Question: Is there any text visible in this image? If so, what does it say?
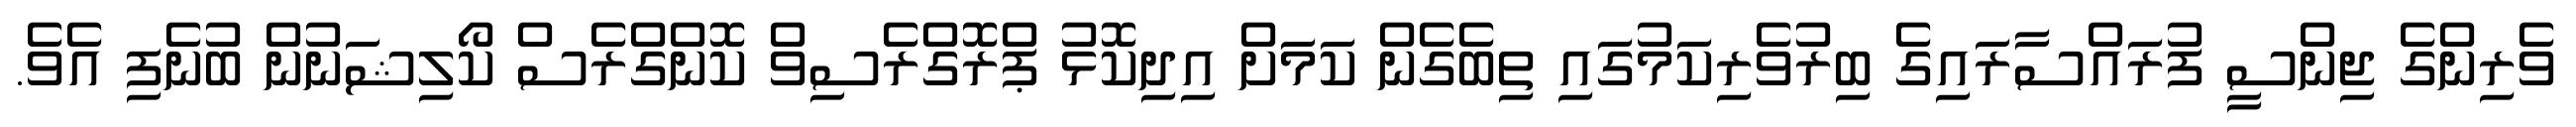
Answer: ވެރިންގެ ޖިންސީ ފުރައްސާރައިގެ ބިރުވެރިކަމުގައި ތިބެގެން ކަމަށް އިދިކޮޅު ޕްރޮގްރެސިވް ކޮންގްރެސް ކޯލިޝަނުން ބުނެފި އެވެ.